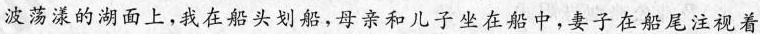
波荡漾的湖面上,我在船头划船,母亲和儿子坐在船中,妻子在船尾注视着